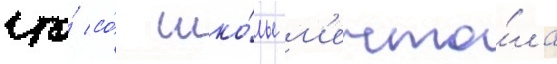
что́ со́ шко́лы м'ечта́ла